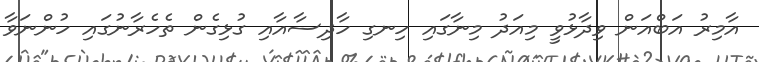
އާމިރު އަބްއަން ވިދާޅުވީ މިއަދު މިނާގައި ހިނގި ހާދިސާއާއި ގުޅިގެން ތެހެރާނުގައި ހުންނަވާ